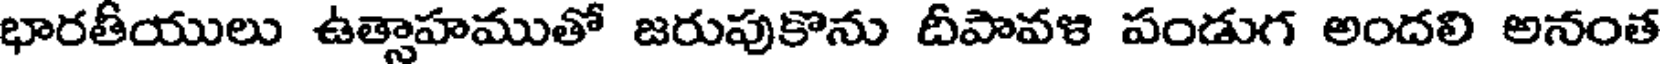
భారతీయులు ఉత్సాహముతో జరుపుకొను దీపావళి పండుగ అందలి అనంత